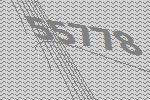
55778